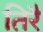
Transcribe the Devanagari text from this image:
तिरै